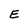
Character: E